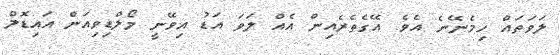
ލަވަތައް ހިމެނޭނެ އެވެ. އޭގެތެރެއިން އެއް ލަވަ އަޑު އިވޭނީ މޯލްޑިވިއަން އައިޑޮލް